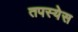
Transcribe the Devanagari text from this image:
तपस्येस